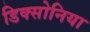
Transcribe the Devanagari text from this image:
डिक्सोनिया